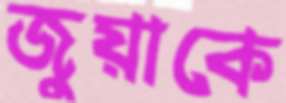
জুয়াকে